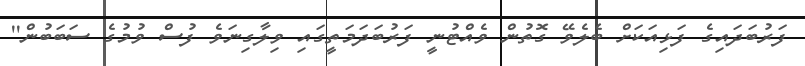
ފަރުބަދައިގެ ފަޅިއަކަށް ބެލެވޭ ގޮތުން ވެއްޓުނީ ފަރުބަދަމަތީގައި ވިލާގިނަވެ ފުސް ވުމުގެ ސަބަބުން''